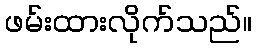
ဖမ်းထားလိုက်သည်။